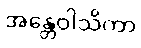
အန္တေဝါသိကာ